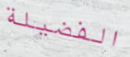
الفضيلة